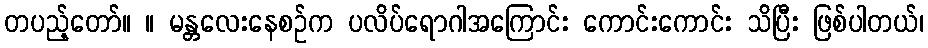
တပည့်တော်။ ။ မန္တလေးနေစဉ်က ပလိပ်ရောဂါအကြောင်း ကောင်းကောင်း သိပြီး ဖြစ်ပါတယ်၊